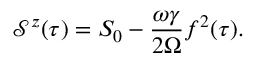
\mathcal { S } ^ { z } ( \tau ) = S _ { 0 } - \frac { \omega \gamma } { 2 \Omega } f ^ { 2 } ( \tau ) .